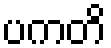
ပကတိ